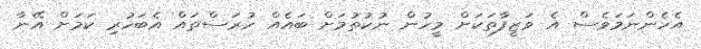
އެހެންނަމަވެސް އެ ވަޒީފާތަކަށް މީހުން ނުކުތުމަށް ބައެއް ހުރަސްތައް އެބަހުރި ކަމަށް އޭނާ